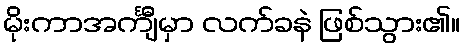
မိုးကာအင်္ကျီမှာ လက်ခနဲ ဖြစ်သွား၏။